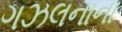
ગઝલનાના